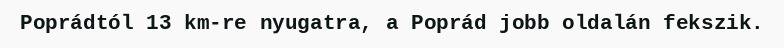
Poprádtól 13 km-re nyugatra, a Poprád jobb oldalán fekszik.